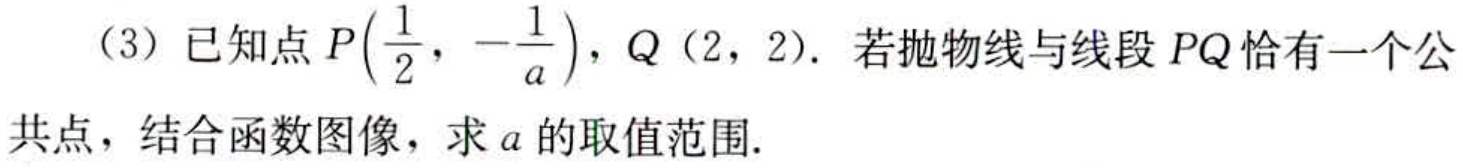
（3）已知点\(P(\frac{1}{2}, -\frac{1}{a})\)，\(Q(2, 2)\)。若抛物线与线段\(PQ\)恰有一个公共点，结合函数图像，求\(a\)的取值范围。